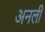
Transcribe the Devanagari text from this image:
अनली